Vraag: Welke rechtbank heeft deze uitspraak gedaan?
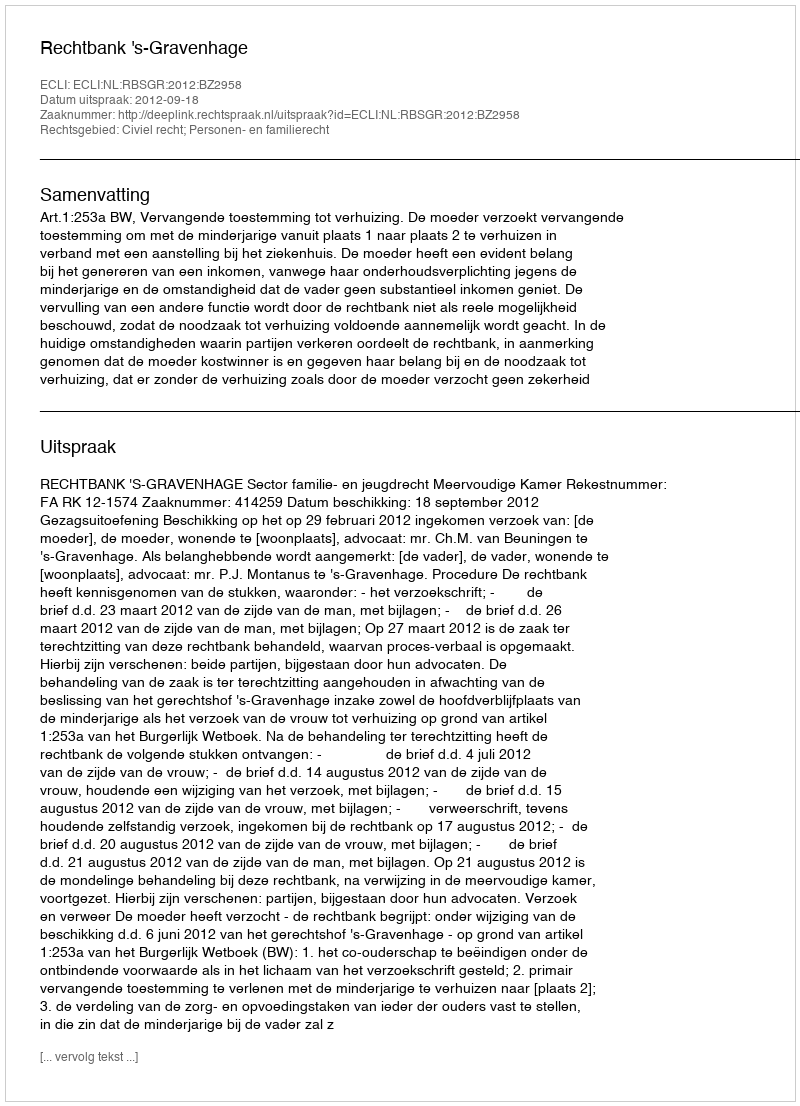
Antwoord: Rechtbank 's-Gravenhage